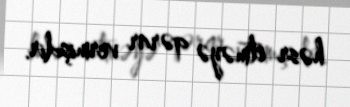
həsr etməyə qərar vermişdir.